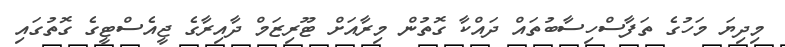
މިދިޔަ މަހުގެ ތަފާސްހިސާބުތައް ދައްކާ ގޮތުން މިރާއަށް ޓޫރިޒަމް ދާއިރާގެ ޖީއެސްޓީގެ ގޮތުގައި